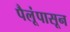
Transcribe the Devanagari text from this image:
पैलूंपासून